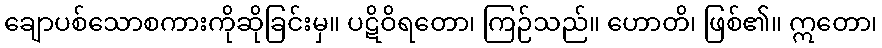
ချောပစ်သောစကားကိုဆိုခြင်းမှ။ ပဋိဝိရတော၊ ကြဉ်သည်။ ဟောတိ၊ ဖြစ်၏။ ဣတော၊